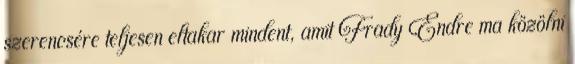
szerencsére teljesen eltakar mindent, amit Frady Endre ma közölni